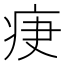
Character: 𤵵